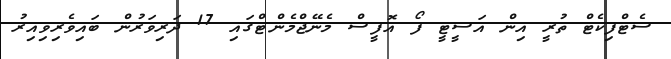
ސެޓްފިކެޓް ތުރީ އިން އަސީޓީ ފޯ އޮފީސް މެނޭޖްމެންޓްގައި 17 ދަރިވަރުން ބައިވެރިވިއިރު